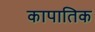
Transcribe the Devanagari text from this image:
कापातिक